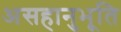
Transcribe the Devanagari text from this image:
असहानुभूति